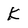
Character: K